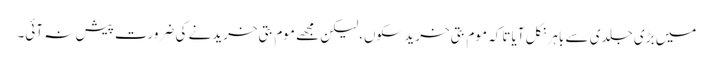
میں بڑی جلدی سے باہر نکل آیا تاکہ موم بتی خرید سکوں،لیکن مجھے موم بتی خریدنے کی ضرورت پیش نہ آئی۔